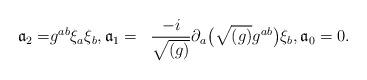
LaTeX: \begin{align*}\begin{aligned}{\mathfrak a}_{2} =& g^{ab} \xi _{a} \xi _{b}, {\mathfrak a}_{1}= & \frac{-i}{\sqrt{(g)}} \partial _{a} \bigl( \sqrt{(g)}g^{ab} \bigr) \xi _{b}, {\mathfrak a}_{0}=0.\end{aligned}\end{align*}